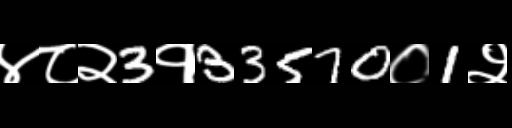
Text: ४८२3१33570०1२